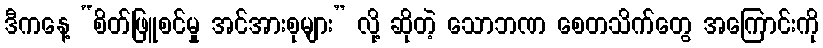
ဒီကနေ့ “စိတ်ဖြူစင်မှု အင်အားစုများ” လို့ ဆိုတဲ့ သောဘဏ စေတသိက်တွေ အကြောင်းကို